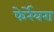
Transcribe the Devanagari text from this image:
फेर्रेयरा